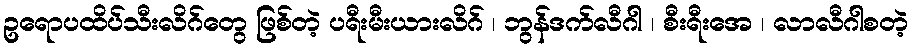
ဥရောပထိပ်သီးလိဂ်တွေ ဖြစ်တဲ့ ပရီးမီးယားလိဂ် ၊ ဘွန်ဒက်လီဂါ ၊ စီးရီးအေ ၊ လာလီဂါစတဲ့